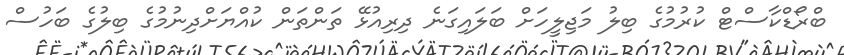
ބްރޯޑްކާސްޓް ކުރުމުގެ ބިލު މަޖިލީހަށް ބަލައިގަނެ ދިރިއުޅޭ ތަންތަން ކުއްޔަށްދިނުމުގެ ބިލުގެ ބަހުސް